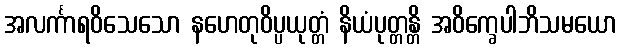
အလင်္ကာရဝိသေသော နဟေတုဝိပ္ပယုတ္တံ နိယံပုတ္တန္တိ အဝိက္ခေပါဘိသမယော